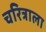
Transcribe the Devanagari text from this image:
चरित्राला